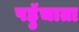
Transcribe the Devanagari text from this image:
पहुॅचाता